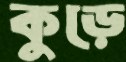
কুড়ে